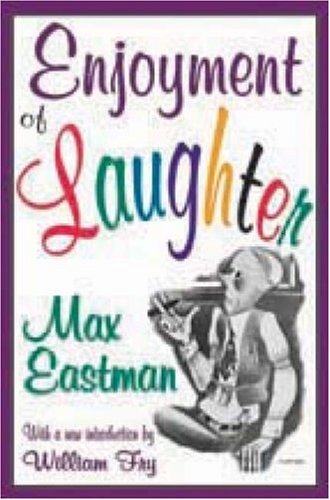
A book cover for Enjoyment of Laughter; Max Eastman; Humor & Entertainment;